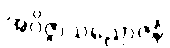
အဝိဇ္ဇာသညောဇနံ